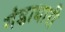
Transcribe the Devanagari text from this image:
गंडाधारी